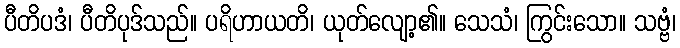
ပီတိပဒံ၊ ပီတိပုဒ်သည်။ ပရိဟာယတိ၊ ယုတ်လျော့၏။ သေသံ၊ ကြွင်းသော။ သဗ္ဗံ၊